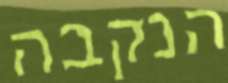
הנקבה